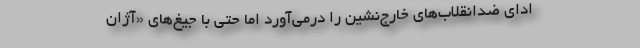
ادای ضدانقلاب‌های خارج‌نشین را درمی‌آورد اما حتی با جیغ‌های «آژان